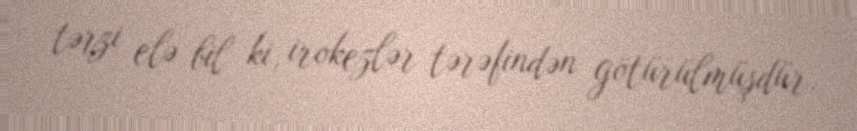
tərzi elə bil ki, irokezlər tərəfindən götürülmüşdür.